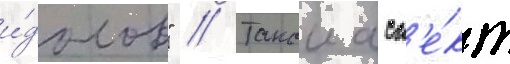
и́долов" // Такои асп'е́кт